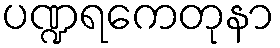
ပဏ္ဍရကေတုနာ